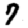
Digit: 7